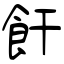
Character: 飦